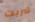
شربت